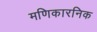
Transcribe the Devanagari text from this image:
मणिकारनिक